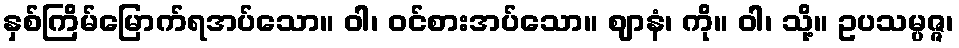
နှစ်ကြိမ်မြောက်ရအပ်သော။ ဝါ၊ ဝင်စားအပ်သော။ ဈာနံ၊ ကို။ ဝါ၊ သို့။ ဥပသမ္ပဇ္ဇ၊